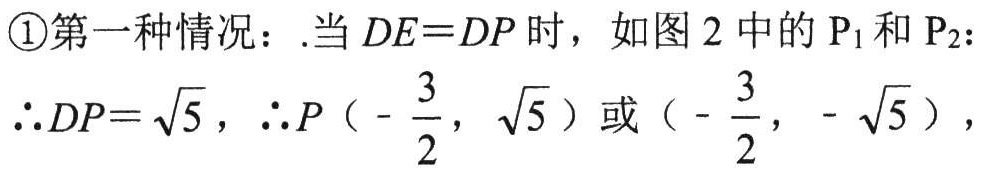
\textcircled{1}第一种情况：.当 \(DE = DP\) 时，如图 2 中的 \(\mathrm{P}_{1}\) 和 \(\mathrm{P}_{2}\)：
\(\therefore DP=\sqrt{5}\)，\(\therefore P\left(-\dfrac{3}{2},\sqrt{5}\right)\) 或 \(\left(-\dfrac{3}{2},-\sqrt{5}\right)\)，